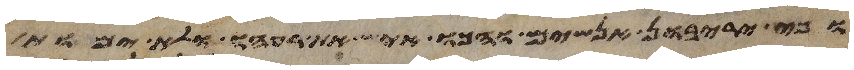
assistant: וכי יריבון אנשים והכו איש את רעהו ולא ימות